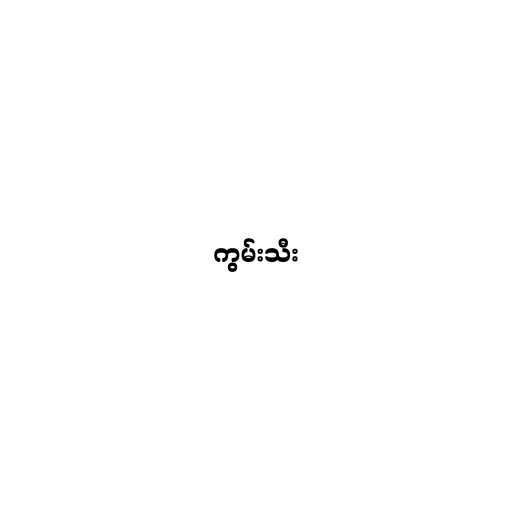
ကွမ်းသီး